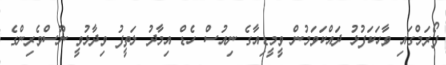
ފޯރަމްގައި ވާހަކަފުޅު ދައްކަވަމުން ވީމީޑިއާގެ ނިއުސް ހެޑް އިމާދު ލަތީފު ވިދާޅުވީ ނޫސްވެރިންގެ